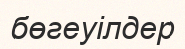
бөгеуілдер